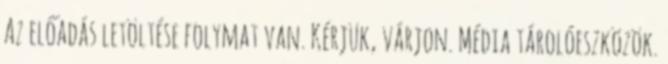
Az előadás letöltése folymat van. Kérjük, várjon. Média tárolóeszközök.